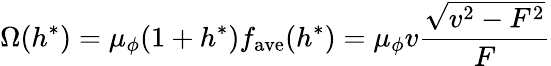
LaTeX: \Omega(h^{*})=\mu_{\phi}(1+h^{*})f_{\mathrm{ave}}(h^{*})=\mu_{\phi}v\frac{\sqrt{v^{2}-F^{2}}}{F}